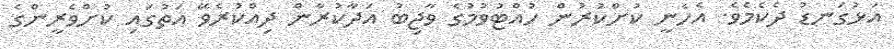
އަޅުގަނޑު ދެކެމެވެ. އެހެނީ ކުށްކުރުން ހުއްޓުވުމުގެ ވާޖިބު އަދާކުރާން ދިއްކުރެވޭ އަތުގައި ކުށްވެރީންގެ